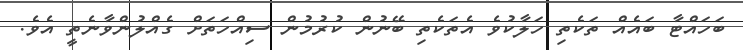
ބަހައްޓާ ބައެއް ތަކެތި ހަލާކުވެ އެތަކެތި ބޭނުން ކުރުމުން ސިއްހަތަށް ގެއްލުންވާނެތީ އެވެ.